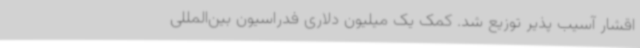
اقشار آسیب پذیر توزیع شد. کمک یک میلیون دلاری فدراسیون بین‌المللی